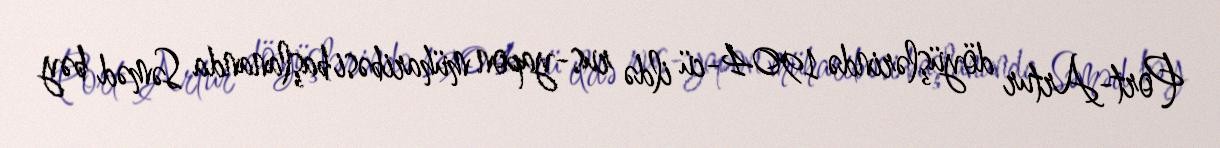
Port-Artur döyüşlərində 1904-cü ildə rus-yapon müharibəsi başlananda Səməd bəy